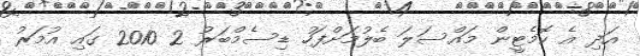
އަދި އެ ކޮމެޓީން މައްސަލަ ބެލުމަށްފަހު ޑިސެމްބަރު 2 2010 ގައި އުމަރު